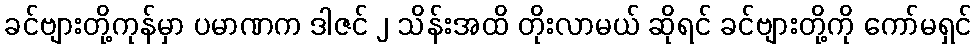
ခင်ဗျားတို့ကုန်မှာ ပမာဏက ဒါဇင် ၂ သိန်းအထိ တိုးလာမယ် ဆိုရင် ခင်ဗျားတို့ကို ကော်မရှင်